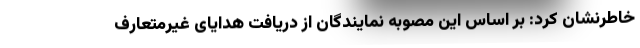
خاطرنشان کرد: بر اساس این مصوبه نمایندگان از دریافت هدایای غیرمتعارف